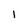
Character: I